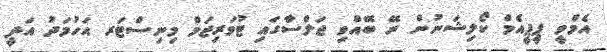
އެމްވީ ޕީޕީއެމް ކޯލިޝަނުން ރޭ ބޭއްވި ޖަލްސާގައި ޓުވަރިޒަމް މިނިސްޓަރ އަހުމަދު އަދީ